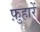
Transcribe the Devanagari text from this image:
फ़ुहारें